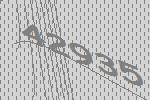
42935